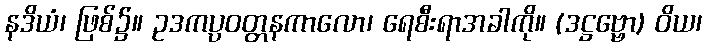
နဒိယံ၊ ဖြစ်၌။ ဥဒကပ္ပဝတ္တနကာလော၊ ရေစီးရာအခါကို။ (ဒဋ္ဌဗ္ဗော) ဝိယ၊